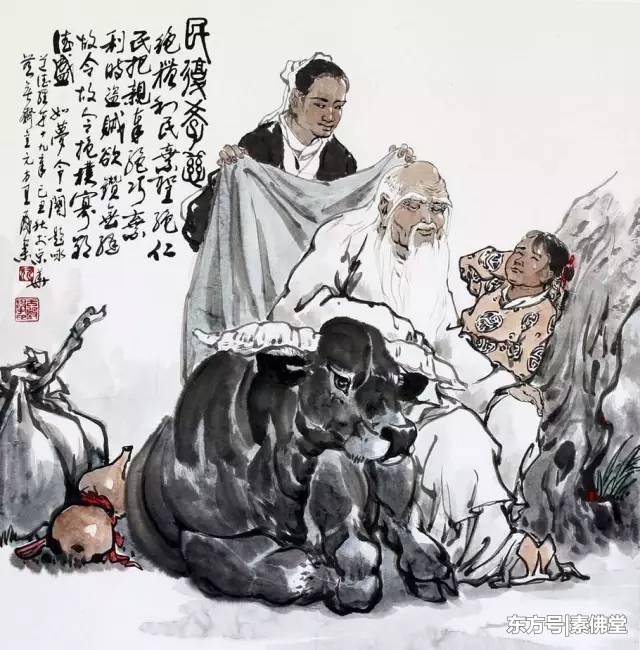
君子之言寡而实，小人之言多而虚。